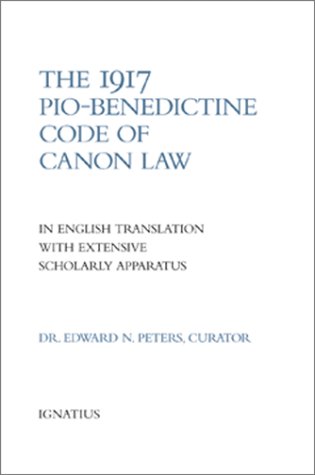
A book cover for The 1917 or Pio-Benedictine Code of Canon Law: in English Translation with Extensive Scholarly Apparatus; Christian Books & Bibles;